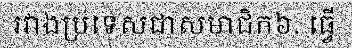
រវាងប្រទេសជាសមាជិក៦. ធ្វើ